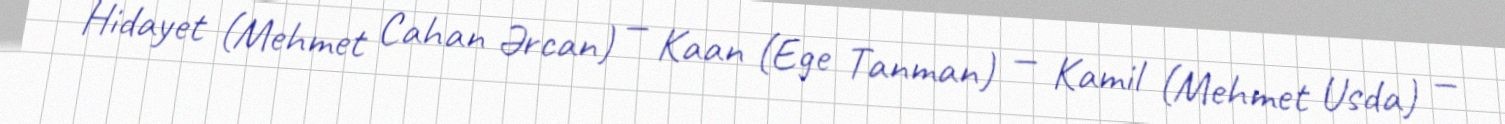
Hidayet (Mehmet Cahan Ərcan) — Kaan (Ege Tanman) — Kamil (Mehmet Usda) —